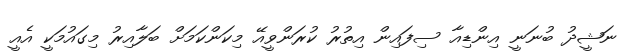
ނަޝީދު ބުނަނީ އިންޑިއާ ސިފައިން އިތުރު ކުރަންވީއޭ މިކަންކަމަށް ބަލާއިރު މިގައުމަކީ އެއީ